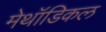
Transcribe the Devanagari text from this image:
मेथॉडिकल